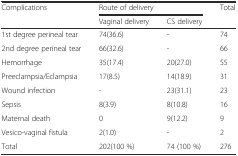
<table><thead><tr><td rowspan="2"><b>Complications</b></td><td colspan="2"><b>Route of delivery</b></td><td rowspan="2"><b>Total</b></td></tr><tr><td><b>Vaginal delivery</b></td><td><b>CS delivery</b></td></tr></thead><tbody><tr><td>1st degree perineal tear</td><td>74(36.6)</td><td>-</td><td>74</td></tr><tr><td>2nd degree perineal tear</td><td>66(32.6)</td><td>-</td><td>66</td></tr><tr><td>Hemorrhage</td><td>35(17.4)</td><td>20(27.0)</td><td>55</td></tr><tr><td>Preeclampsia/Eclampsia</td><td>17(8.5)</td><td>14(18.9)</td><td>31</td></tr><tr><td>Wound infection</td><td>-</td><td>23(31.1)</td><td>23</td></tr><tr><td>Sepsis</td><td>8(3.9)</td><td>8(10.8)</td><td>16</td></tr><tr><td>Maternal death</td><td>0</td><td>9(12.2)</td><td>9</td></tr><tr><td>Vesico-vaginal fistula</td><td>2(1.0)</td><td>-</td><td>2</td></tr><tr><td>Total</td><td>202(100 %)</td><td>74 (100 %)</td><td>276</td></tr></tbody></table>